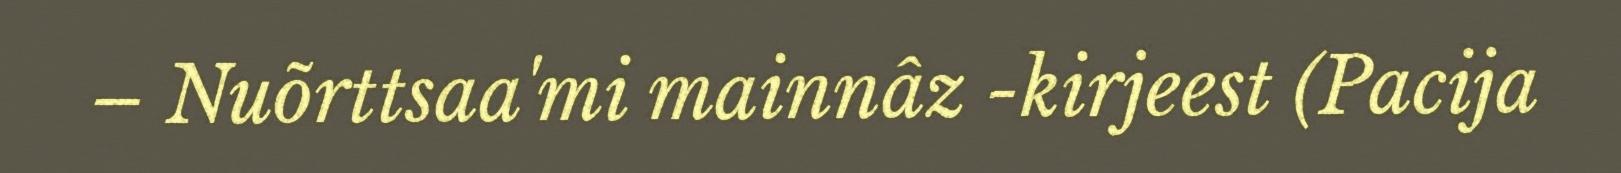
– Nuõrttsaa'mi mainnâz -kirjeest (Pacija